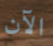
الآن